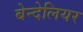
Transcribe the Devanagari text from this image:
बेन्देलियर